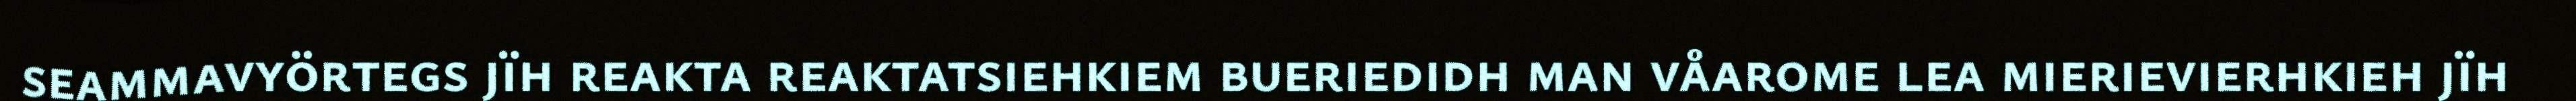
seammavyörtegs jïh reakta reaktatsiehkiem bueriedidh man våarome lea mierievierhkieh jïh